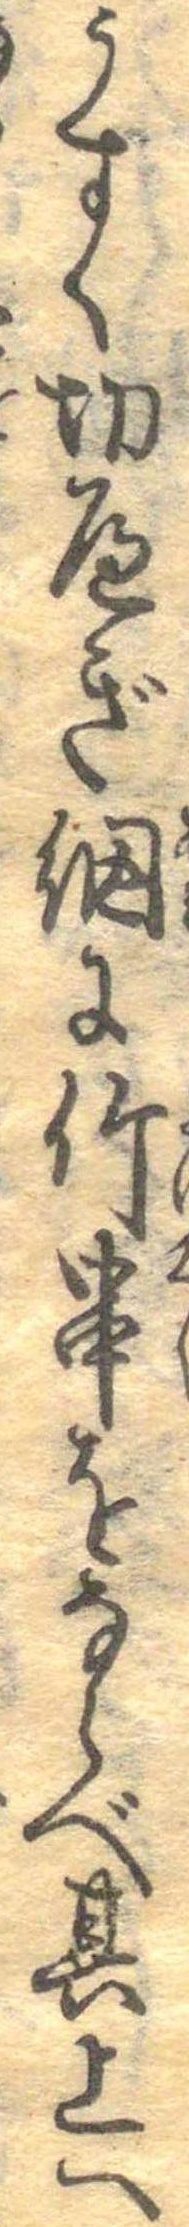
うすく切へぎ網に竹串をならべ其上へ